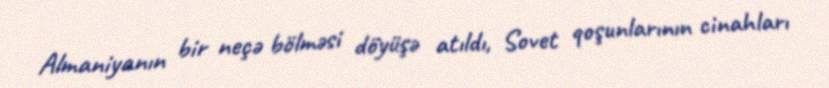
Almaniyanın bir neçə bölməsi döyüşə atıldı, Sovet qoşunlarının cinahları